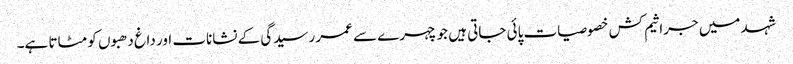
شہد میں جراثیم کش خصوصیات پائی جاتی ہیں جو چہرے سے عمر رسیدگی کے نشانات اور داغ دھبوں کو مٹاتا ہے۔